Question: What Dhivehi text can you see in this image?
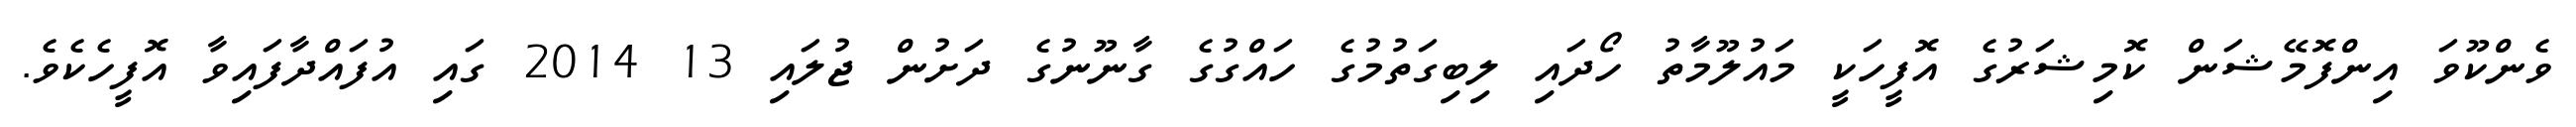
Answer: ވެންކޫވަ އިންފޮމޭޝަން ކޮމިޝަރުގެ އޮފީހަކީ މައުލޫމާތު ހޯދައި ލިބިގަތުމުގެ ހައްގުގެ ގާނޫނުގެ ދަށުން ޖުލައި 13 2014 ގައި އުފައްދާފައިވާ އޮފީހެކެވެ.